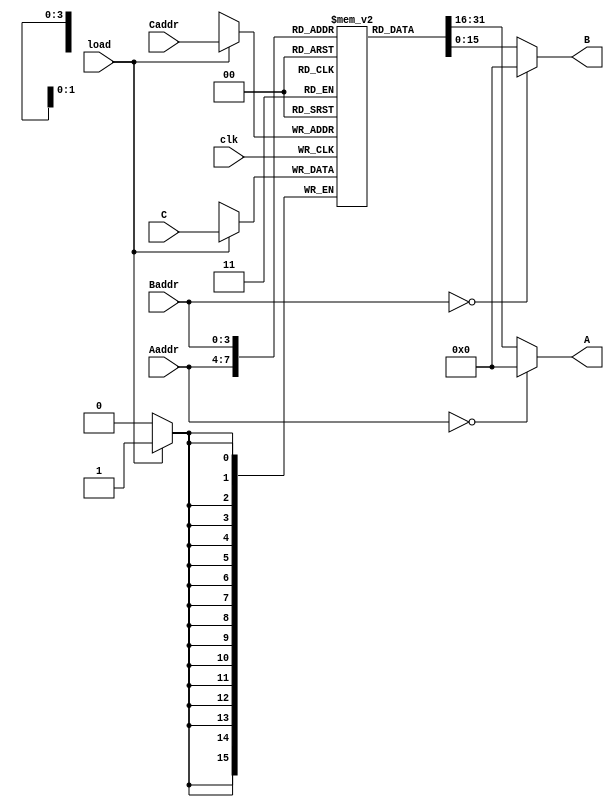
`timescale 1ns / 1ps
//////////////////////////////////////////////////////////////////////////////////
// Company: 
// Engineer: 
// 
// Design Name: 
// Module Name: Register_File
// Project Name: RISC_MicroProcessor
// Description: The register file will take in memory addresses and out put data though A and B. It
//              It is a 16X16 register file. The load fucntion will be enabled to write data into C (register)
//              based on the Caddr(Address). A clr input will be asserted to clear all the registers.  
//////////////////////////////////////////////////////////////////////////////////


module Register_File(A,B,Aaddr, Baddr, Caddr, C,load, clk);
output [15:0] A;// output port
output [15:0] B;// output port

input [3:0]Aaddr;// data address A
input [3:0]Baddr;// data address B
input [3:0]Caddr;// data address C for which register to write into 

input [15:0] C;// data input port for data that will be written 

//when asserted, all register values should be set to 0
//input clr;// clear signal
// when asserted, rising edge on clk causes data input on C to be stored in Caddr
input load;// load signal, used for enabling write 

input clk;// rising edge trigger clock

// creates a 16 X 16 Register file 
//   number of bits X number of registers 
reg [15:0] register [15:0];

//putting values in manually 
initial 
begin
// Initial data can be stored in this area with the address decoding the value. 
register[4'b0110]=16'b0000_0000_0000_0101;// value 5
register[4'b0010]=16'b0000_0000_0000_0100;// value 4
register[4'b1100]=16'b0000_0000_0000_0001;//value 1
end


// Assign a zero value or output data from certain address                                       
assign A= (Aaddr== 4'b0000) ? 16'b0000_0000_0000_0000 : register[Aaddr];
assign B= (Baddr== 4'b0000) ? 16'b0000_0000_0000_0000 : register[Baddr];



always @(posedge clk)
begin 

if(load== 1'b1)
    begin 
        register[Caddr]<=C;
    end
end


endmodule